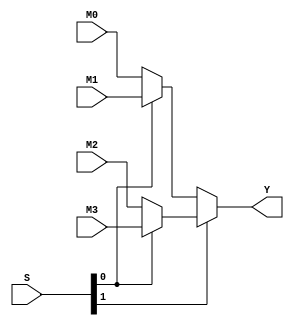
/*
 *		Thiet ke MIPS pipeline
 */
module MUX4_1#(parameter N = 32)(M0, M1, M2, M3, S, Y); 
input [N-1:0] M0, M1, M2, M3; 
input [1:0] S; 
output [N-1:0] Y; 
//Multiplexer 4 to 1, used in ALU
// S = 0 => Y = M0; 
// S = 1 => Y = M1; 
// S = 2 => Y = M2; 
// S = 3 => Y = M3; 
wire [N-1:0] A0, A1; 
assign A0 = S[0]?M1:M0; 
assign A1 = S[0]?M3:M2; 
assign Y = S[1]?A1:A0; 
endmodule